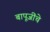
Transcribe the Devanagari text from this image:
बापूजींचे